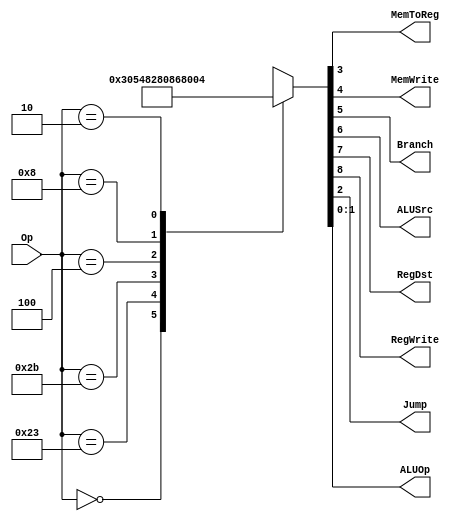
`timescale 1ns / 1ps
//////////////////////////////////////////////////////////////////////////////////
// Company: 
// Engineer: 
// 
// Design Name: 
// Module Name: MainDec
// Project Name: 
// Target Devices: 
// Tool Versions: 
// Description: 
// 
// Dependencies: 
// 
// Revision:
// Revision 0.01 - File Created
// Additional Comments:
// 
//////////////////////////////////////////////////////////////////////////////////


//MIPS  
module MainDec( //
    input [5:0] Op,
    output MemToReg, MemWrite,
    output Branch, ALUSrc,
    output RegDst, RegWrite,
    output Jump,
    output [1:0] ALUOp
    );

    reg [8:0] Controls;

    assign {RegWrite, RegDst, ALUSrc, Branch, MemWrite, MemToReg, Jump, ALUOp} = Controls;

    always@(*)
        case(Op)
            6'b000000: Controls <= 9'b110000010;
            6'b100011: Controls <= 9'b101001000; //LW
            6'b101011: Controls <= 9'b001010000; //SW
            6'b000100: Controls <= 9'b000100001;
            6'b001000: Controls <= 9'b101000000;
            6'b000010: Controls <= 9'b000000100;
            default:   Controls <= 9'bxxxxxxxxx;
        endcase
endmodule